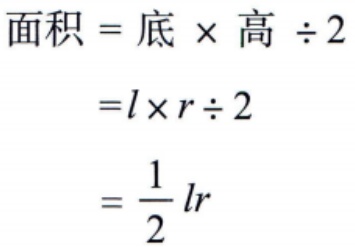
\[
\begin{align*}
面积&=底\times高\div2\\
&=l\times r\div2\\
&=\frac{1}{2}lr
\end{align*}
\]